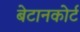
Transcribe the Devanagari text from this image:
बेटानकोर्ट